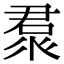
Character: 𠹩